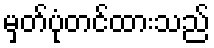
မှတ်ပုံတင်ထားသည်